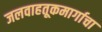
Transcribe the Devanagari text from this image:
जलवाहतूकमार्गाचा